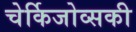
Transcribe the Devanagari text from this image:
चेर्किजोव्सकी